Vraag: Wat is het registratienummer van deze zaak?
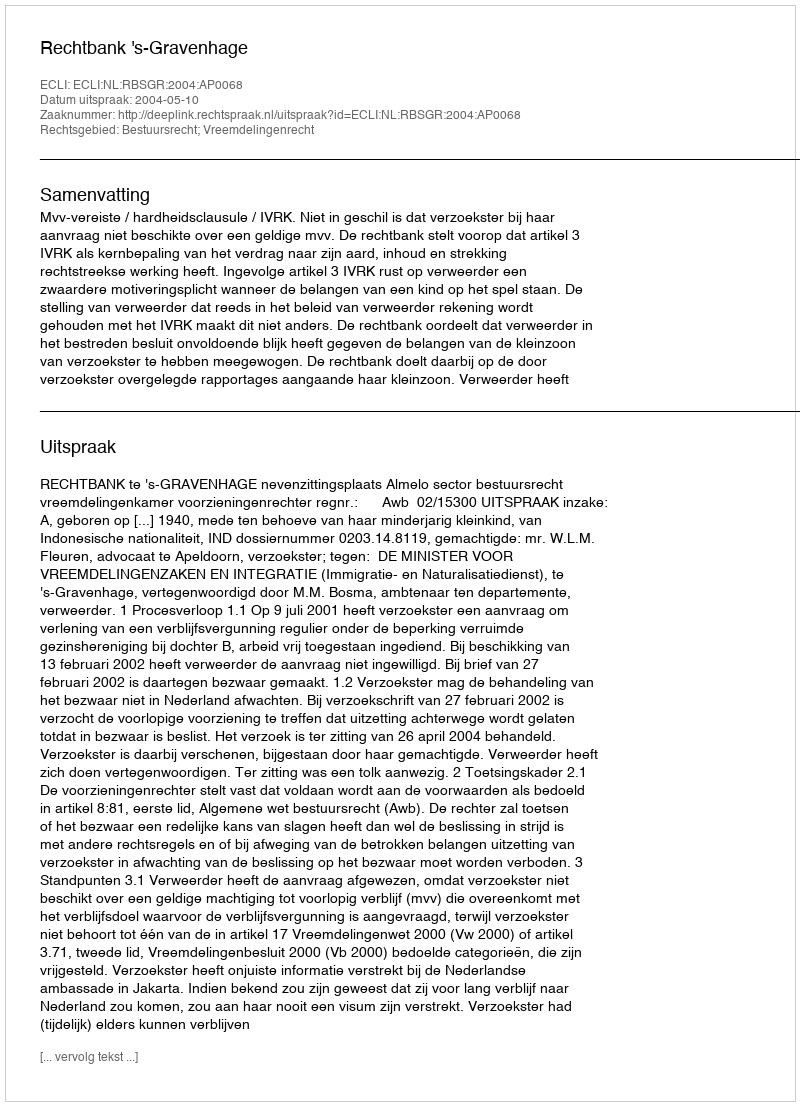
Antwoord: http://deeplink.rechtspraak.nl/uitspraak?id=ECLI:NL:RBSGR:2004:AP0068